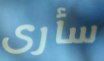
سأرى